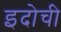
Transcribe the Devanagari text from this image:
इदोची